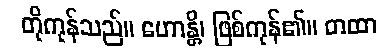
တိုကုန်သည်။ ဟောန္တိ၊ ဖြစ်ကုန်၏။ တထာ